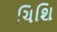
ચિશિ